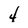
Character: 4